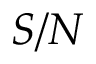
S / N